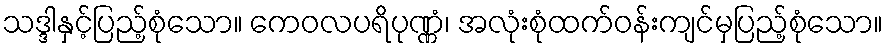
သဒ္ဒါနှင့်ပြည့်စုံသော။ ကေဝလပရိပုဏ္ဏံ၊ အလုံးစုံထက်ဝန်းကျင်မှပြည့်စုံသော။